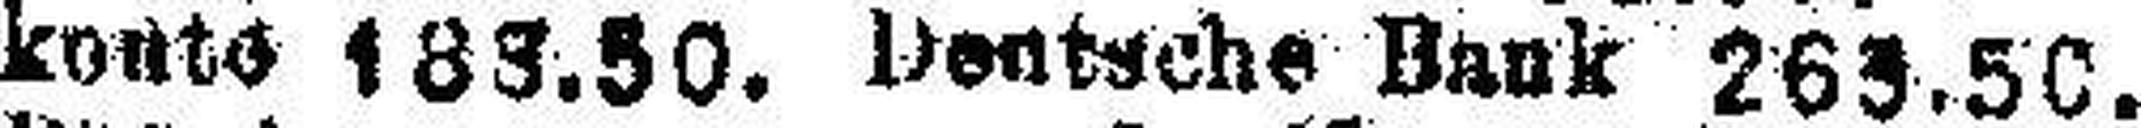
konte 183.50. Deutsche Bank 265.50.